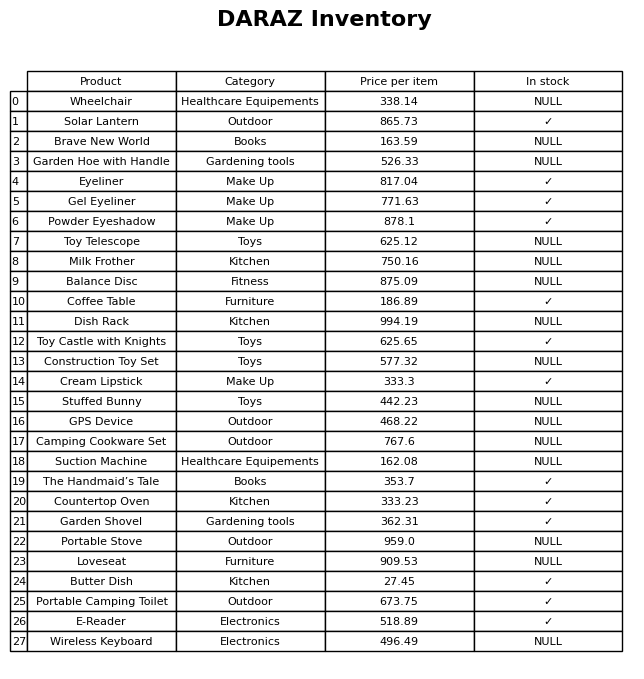
question: What is the price of the Countertop Oven?
answer: The price of Countertop Oven is 333.23.